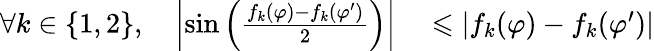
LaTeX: \begin{array}{rl}{\forall k\in\{ 1,2\} ,\quad\left|\sin\left(\frac{f_{k}(\varphi)-f_{k}(\varphi^{\prime})}{2}\right)\right|}&{{}\leqslant|f_{k}(\varphi)-f_{k}(\varphi^{\prime})|}\end{array}